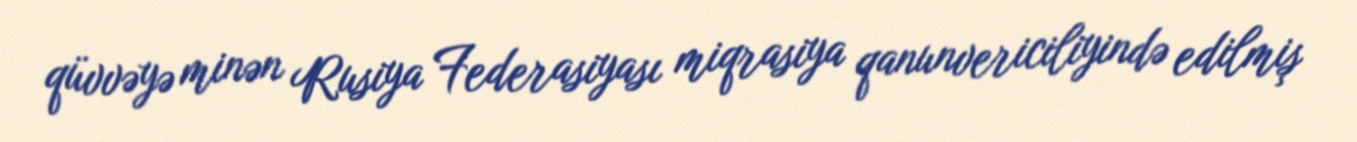
qüvvəyə minən Rusiya Federasiyası miqrasiya qanunvericiliyində edilmiş